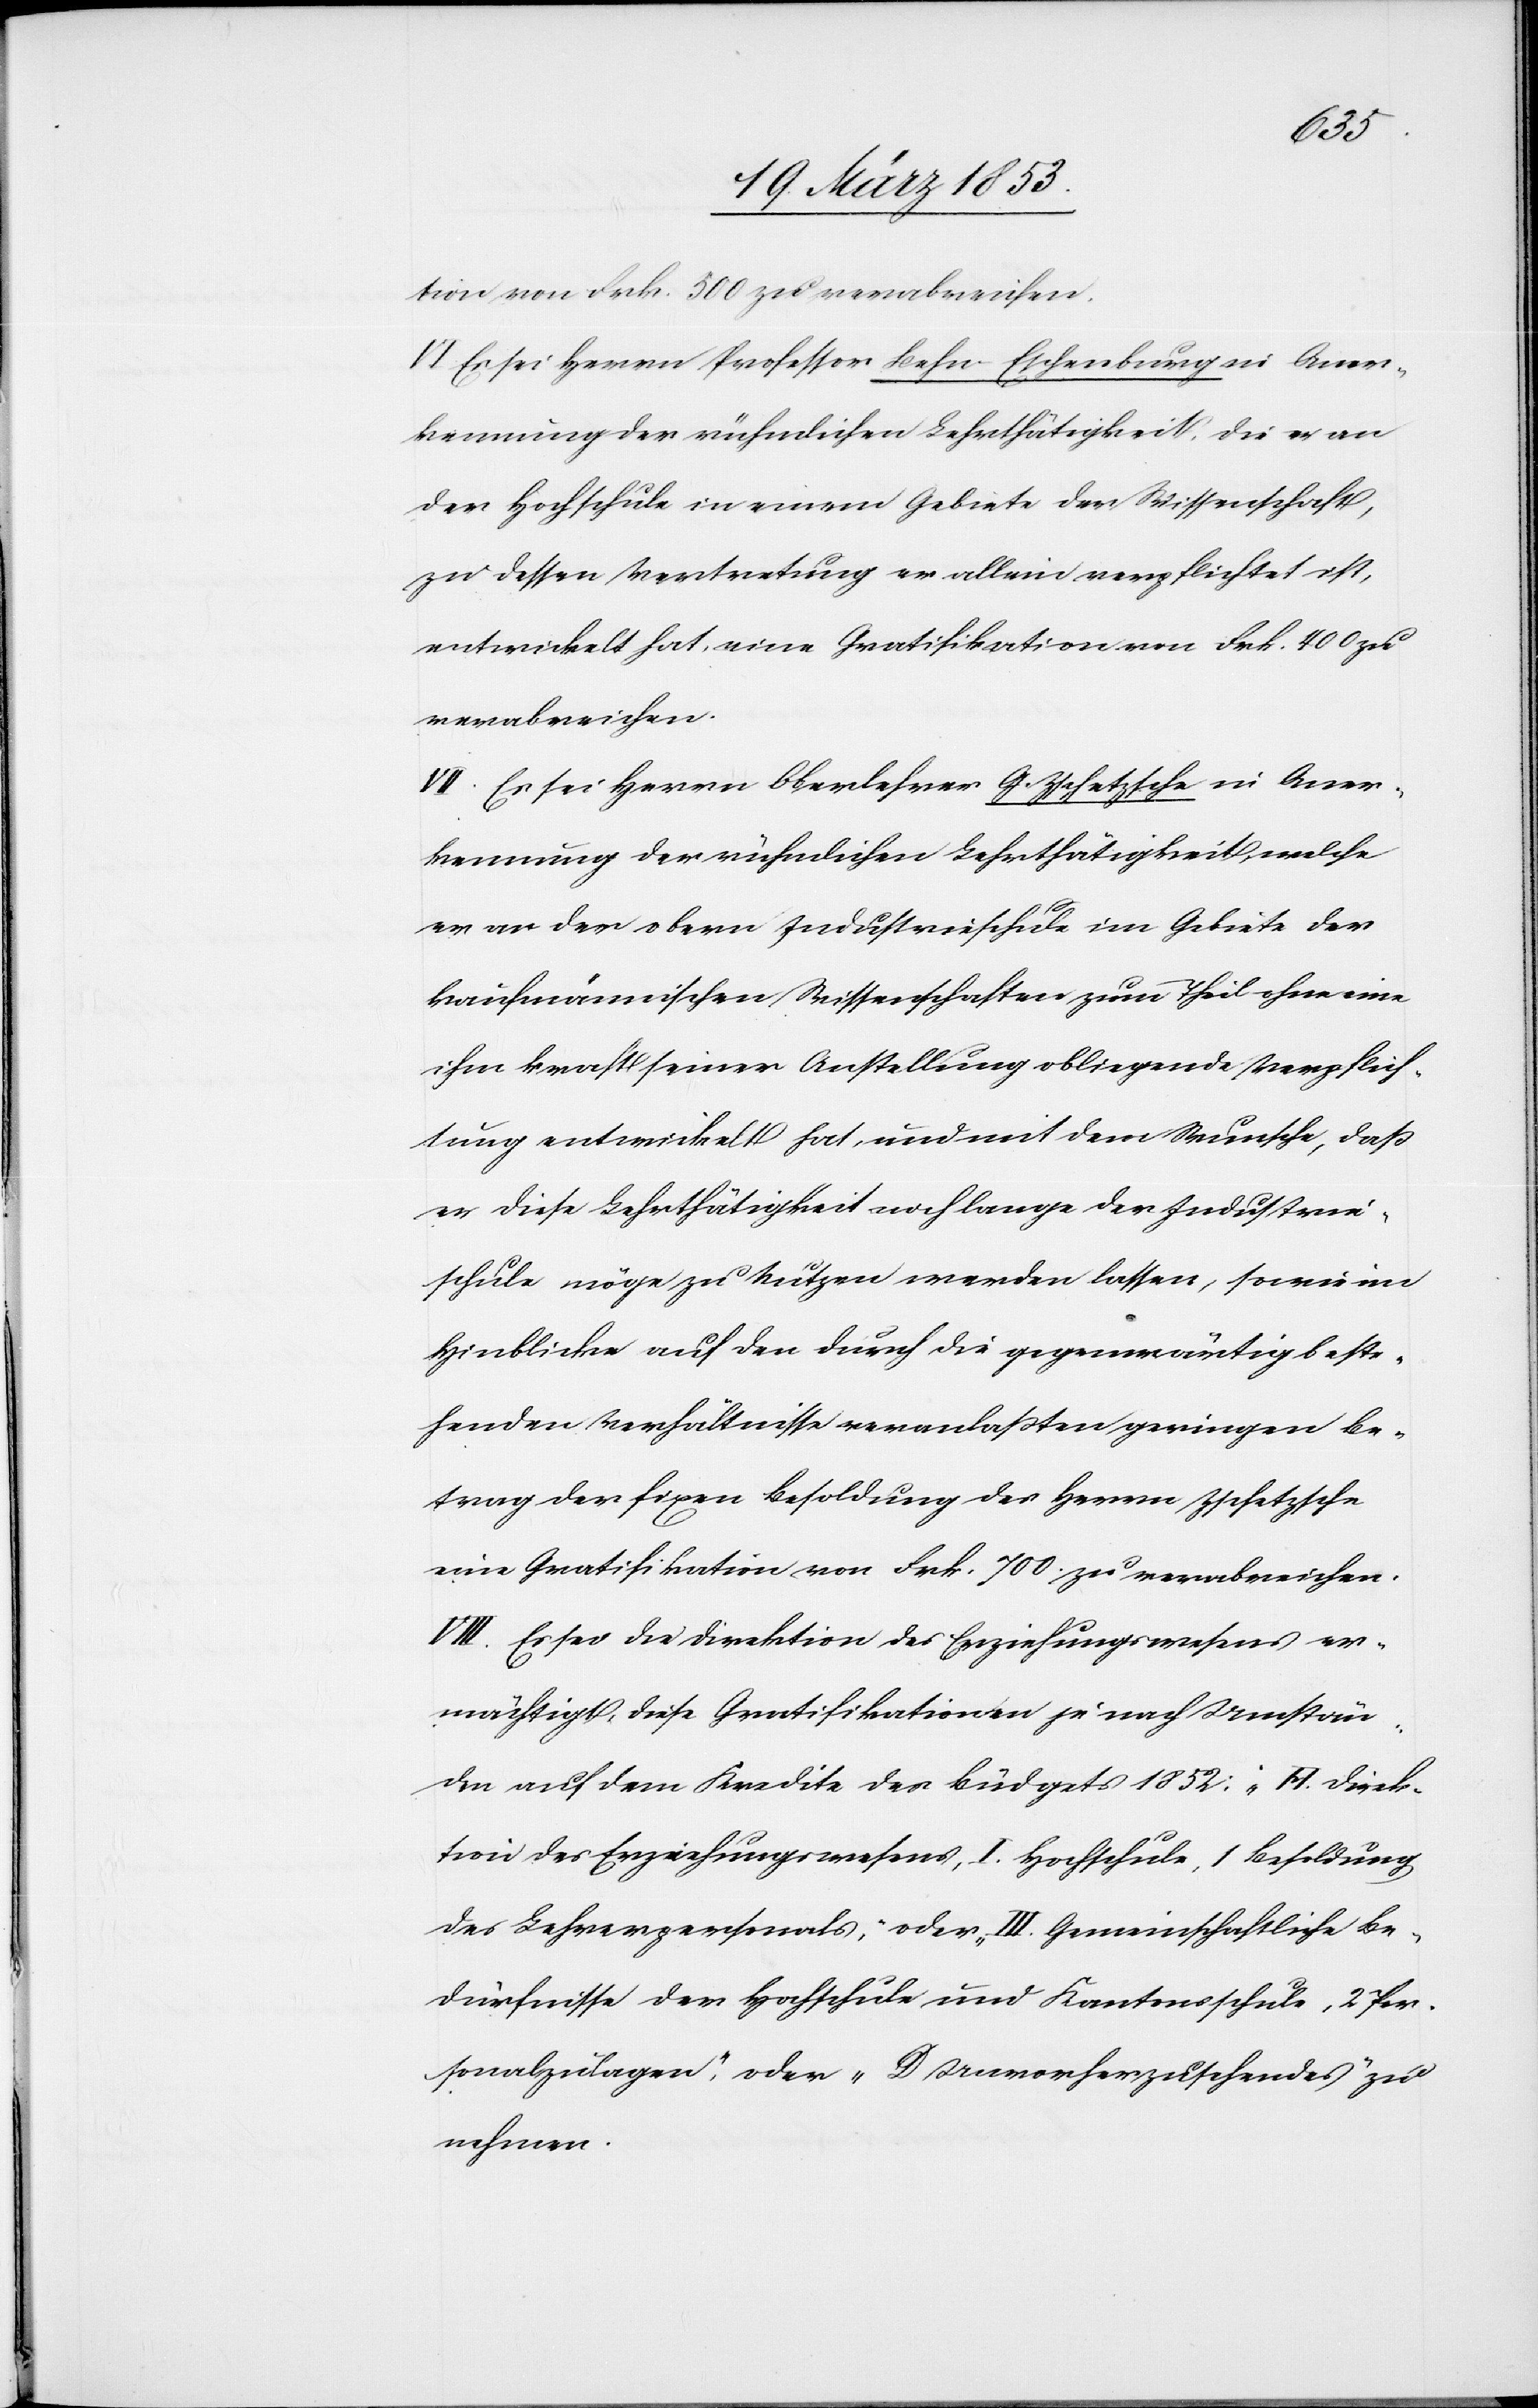
tion von Frk. 500 zu verabreichen.
VI. Es sei Herrn Professor Behn-Eschenburger in Aner¬
kennung der rühmlichen Lehrthätigkeit die er an
der Hochschule in einem Gebiete der Wissenschaft,
zu dessen Vertretung er allein verpflichtet ist,
entwickelt hat, eine Gratifikation von Frk. 400 zu
verabreichen.
VII. Es sei Herrn Oberlehrer G. Zschetzsche in Aner¬
kennung der rühmlichen Lehrthätigkeit, welche
er an der obern Industrieschule im Gebiete der
kaufmännischen Wissenschaften zum Theil ohne eine
ihm kraft seiner Anstellung obliegende Verpflich¬
tung entwickelt hat, und mit dem Wunsche, daß
er diese Lehrthätigkeit noch lange der Industrie¬
schule möge zu Nutzen werden lassen, sowie im
Hinblicke auf den durch die gegenwärtig beste¬
henden Verhältnisse veranlaßten geringen Be¬
trag der fixen Besoldung des Herrn Zschetzsche
eine Gratifikation von Frk. 700 zu verabreichen.
VIII. Es sei die Direktion des Erziehungswesens er¬
mächtigt, diese Gratifikationen je nach Umstän¬
den auf dem Kredite der Büdgets 1852: „A. Direk¬
tion des Erziehungswesens, I. Hochschule, 1 Besoldung
des Lehrerpersonals,“ oder „III. Gemeinschaftliche Be¬
dürfnisse der Hochschule und Kantonsschule, 2 Per¬
sonalzulagen“, oder „D Unvorzusehendes“ zu
nehmen.